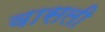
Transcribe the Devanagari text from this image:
वासली